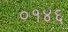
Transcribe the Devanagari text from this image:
०१४६